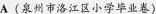
A (泉州市洛江区小学毕业卷)